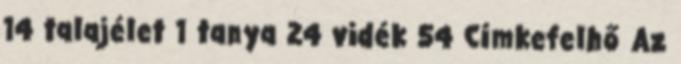
14 talajélet 1 tanya 24 vidék 54 Címkefelhő Az